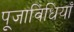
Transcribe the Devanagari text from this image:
पूजाविधियाँ